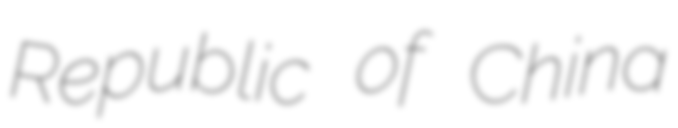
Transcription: Republic of China